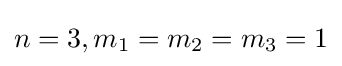
n=3,m_{1}=m_{2}=m_{3}=1